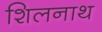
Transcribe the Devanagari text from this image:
शिलनाथ